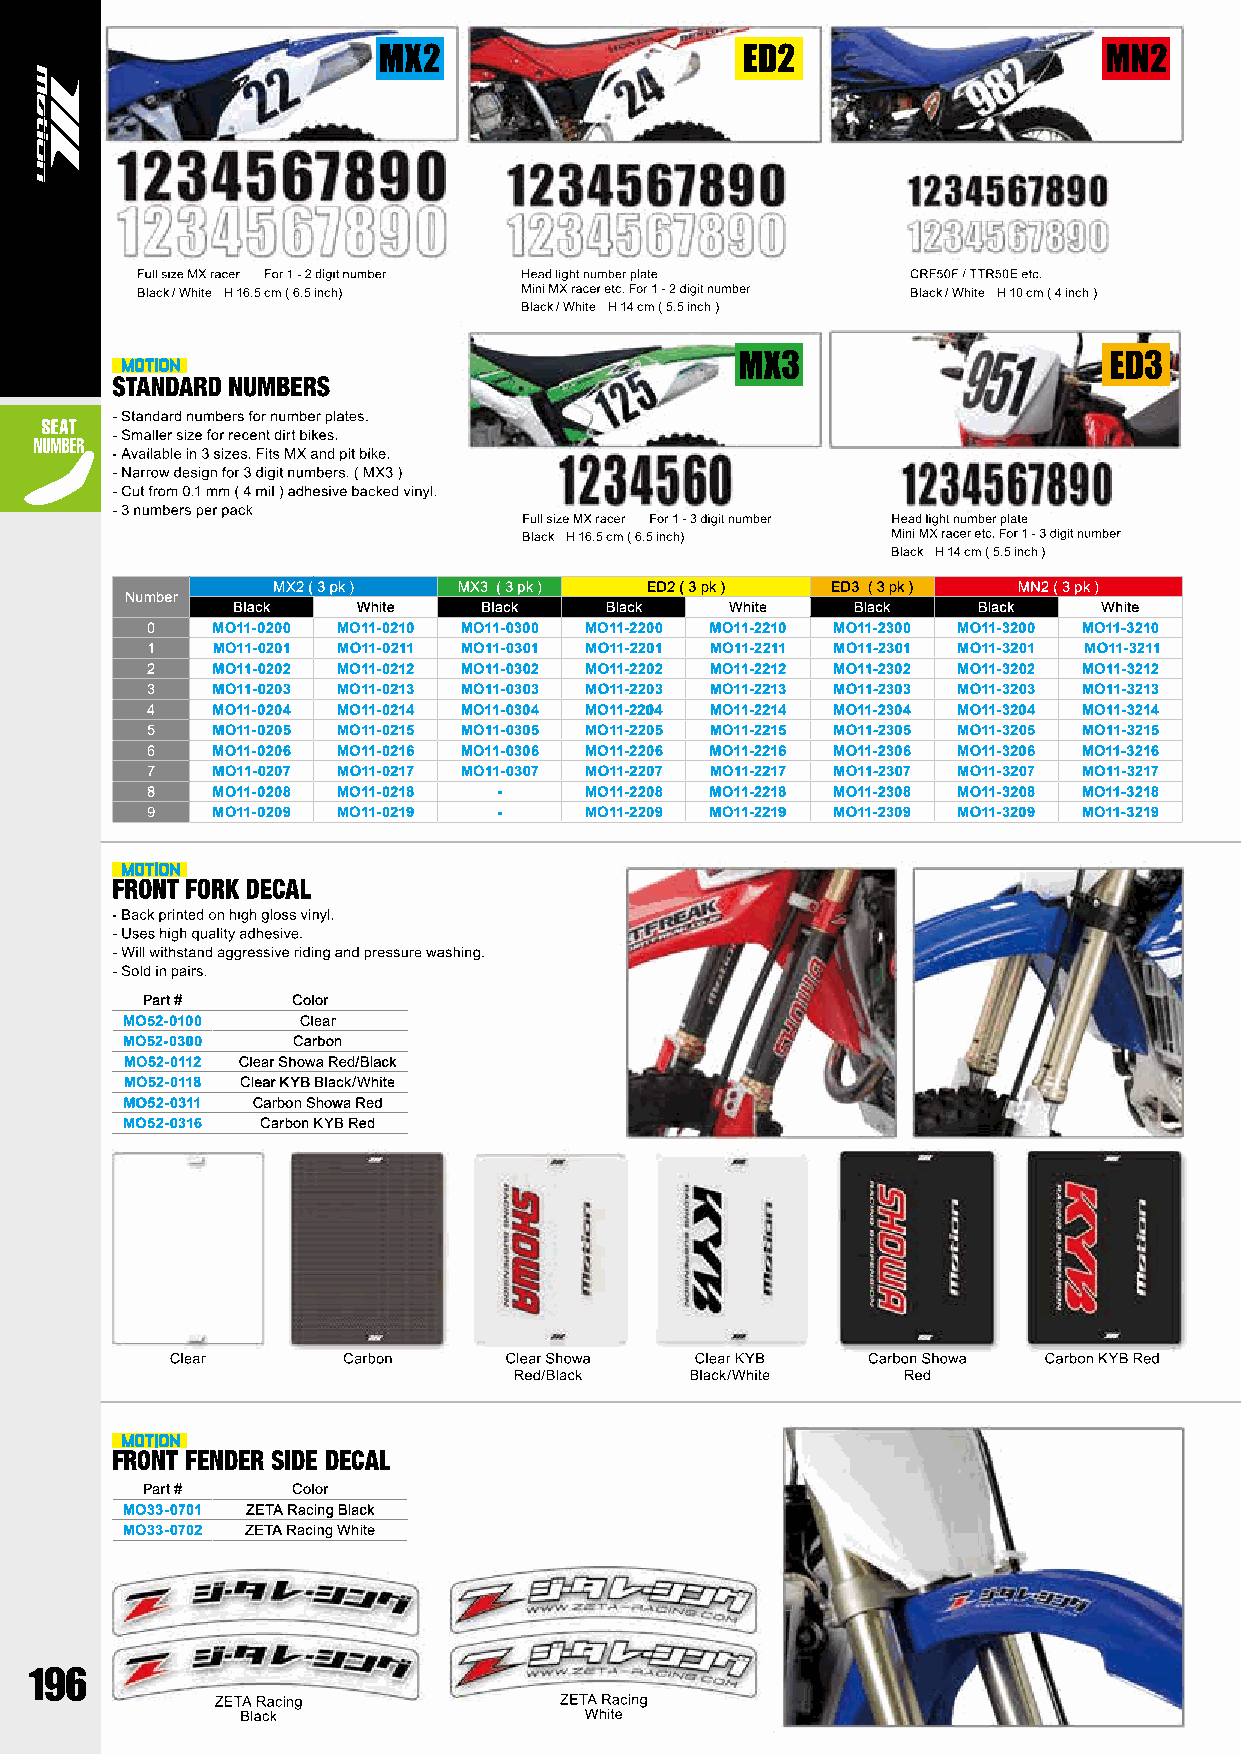
Black / White H 16.5 cm ( 6.5 inch)                Black / White H 10 cm ( 4 inch )
 Black / White H 14 cm ( 5.5 inch )
 Black H 16.5 cm ( 6.5 inch)
 Black H 14 cm ( 5.5 inch )
 MX2 ( 3 pk ) MX3 ( 3 pk ) ED2 ( 3 pk ) ED3 ( 3 pk ) MN2 ( 3 pk )
 Number
 Black    White   Black   Black   White   Black    Black   White
 0   MO11-0200 MO11-0210 MO11-0300 MO11-2200 MO11-2210 MO11-2300 MO11-3200 MO11-3210
 1   MO11-0201 MO11-0211 MO11-0301 MO11-2201 MO11-2211 MO11-2301 MO11-3201 MO11-3211
 2   MO11-0202 MO11-0212 MO11-0302 MO11-2202 MO11-2212 MO11-2302 MO11-3202 MO11-3212
 3   MO11-0203 MO11-0213 MO11-0303 MO11-2203 MO11-2213 MO11-2303 MO11-3203 MO11-3213
 4   MO11-0204 MO11-0214 MO11-0304 MO11-2204 MO11-2214 MO11-2304 MO11-3204 MO11-3214
 5   MO11-0205 MO11-0215 MO11-0305 MO11-2205 MO11-2215 MO11-2305 MO11-3205 MO11-3215
 6   MO11-0206 MO11-0216 MO11-0306 MO11-2206 MO11-2216 MO11-2306 MO11-3206 MO11-3216
 7   MO11-0207 MO11-0217 MO11-0307 MO11-2207 MO11-2217 MO11-2307 MO11-3207 MO11-3217
 8   MO11-0208 MO11-0218 -    MO11-2208 MO11-2218 MO11-2308 MO11-3208 MO11-3218
 9   MO11-0209 MO11-0219 -    MO11-2209 MO11-2219 MO11-2309 MO11-3209 MO11-3219
 Part #    Color
 MO52-0100   Clear
 MO52-0300  Carbon
 MO52-0112 Clear Showa Red/Black
 MO52-0118 Clear KYB Black/White
 MO52-0311 Carbon Showa Red
 MO52-0316 Carbon KYB Red
 FRONT FENDER SIDE DECAL
 Part #    Color
 MO33-0701 ZETA Racing Black
 MO33-0702 ZETA Racing White